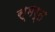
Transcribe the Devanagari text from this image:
स्मर्त